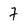
Character: 7